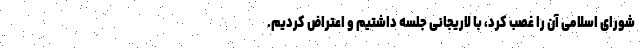
شورای اسلامی آن را غصب کرد، با لاریجانی جلسه داشتیم و اعتراض کردیم.